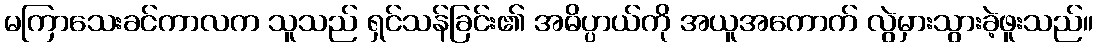
မကြာသေးခင်ကာလက သူသည် ရှင်သန်ခြင်း၏ အဓိပ္ပာယ်ကို အယူအကောက် လွဲမှားသွားခဲ့ဖူးသည်။